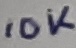
Text: 10K